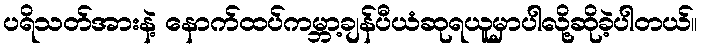
ပရိသတ်အားနဲ့ နောက်ထပ်ကမ္ဘာ့ချန်ပီယံဆုရယူမှာပါလို့ဆိုခဲ့ပါတယ်။